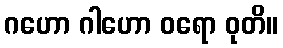
ဂဟော ဂါဟော ဝရော ဝုတိ။